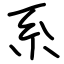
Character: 系